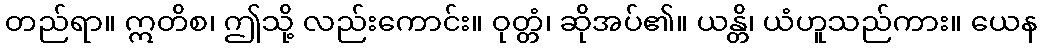
တည်ရာ။ ဣတိစ၊ ဤသို့ လည်းကောင်း။ ဝုတ္တံ၊ ဆိုအပ်၏။ ယန္တိ၊ ယံဟူသည်ကား။ ယေန